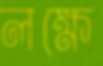
লক্ষে